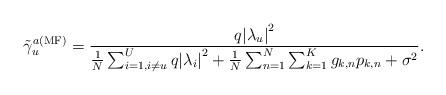
LaTeX: \begin{align*} \tilde \gamma _u^{a({\rm{MF}})} = \frac{{{q}{{\left| {{\lambda _u}} \right|}^2}}}{{\frac{1}{N}\sum\nolimits_{i=1, i\ne u}^U {{q}{{\left| {{\lambda _i}} \right|}^2}} + \frac{1}{N}\sum\nolimits_{n=1}^N { \sum\nolimits_{k=1}^K {{g_{k,n}}{{p_{k,n}}} } } + {\sigma ^2}}}.\end{align*}